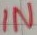
Text: IN